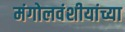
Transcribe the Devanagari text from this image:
मंगोलवंशीयांच्या